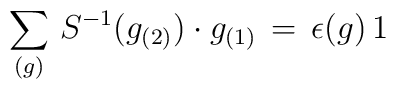
\sum \limits_{(g)} \, S^{-1} \big( g_{(2)} \big) \cdot g_{(1)} \, = \, \epsilon (g) \, 1